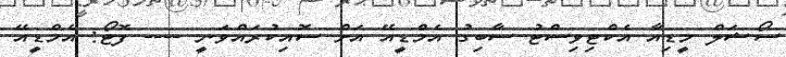
ސޯޝަލް މީޑިއާ އެކްޓިވިސްޓު ސާބިގު އެމްޑީއޭ އަށް ސޮއިކުރައްވަނީ ---- ފޮޓޯ: އެމްޑީއޭ